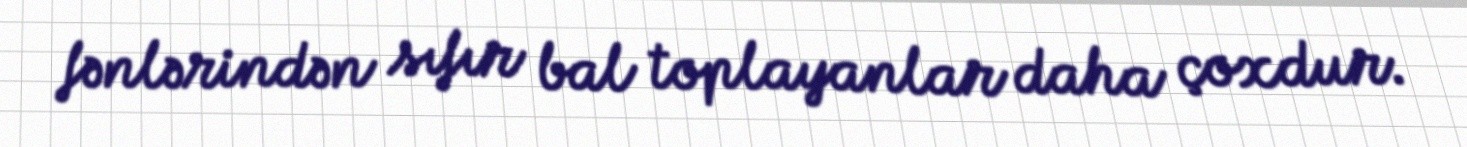
fənlərindən sıfır bal toplayanlar daha çoxdur.